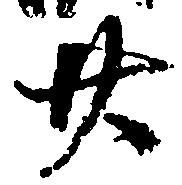
廿